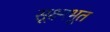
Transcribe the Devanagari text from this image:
सूक्ष्मभूत